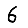
Digit: 6